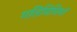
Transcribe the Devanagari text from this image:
गतिविधियॉं